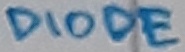
Text: DIODE